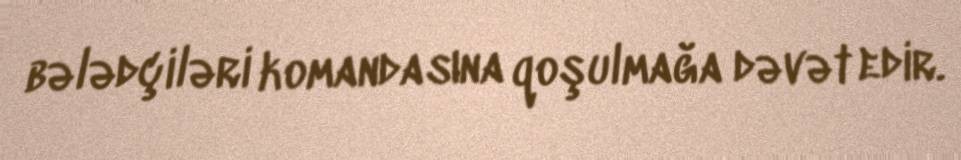
bələdçiləri komandasına qoşulmağa dəvət edir.